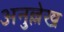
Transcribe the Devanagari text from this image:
अनुल्लेख